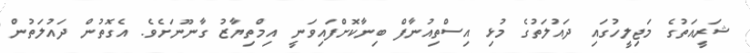
ޝަރީއަތުގެ މަޖިލީހުގައި ދައުލަތުގެ މުޅި އިސްތިއުނާފް ބިނާކޮށްފައިވަނީ އިމްތިޔާޒު ގާނޫނަށެވެ. އެގޮތުން ދައުލަތުން